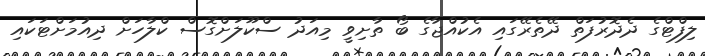
ލިފްޓްގެ ދެދޮރުފަތް ދޭތެރޭގައި އެކުއްޖާގެ ބޯ ތާށިވީ މިއަދު ސްކޫލަށްގޮސް ކްލާހަށް ދިއުމަށްޓަކައި